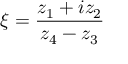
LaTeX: \xi = { \frac { z _ { 1 } + i z _ { 2 } } { z _ { 4 } - z _ { 3 } } }